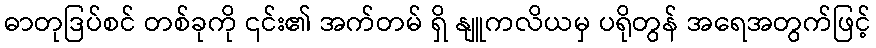
ဓာတုဒြပ်စင် တစ်ခုကို ၎င်း၏ အက်တမ် ရှိ နျူကလိယမှ ပရိုတွန် အရေအတွက်ဖြင့်